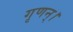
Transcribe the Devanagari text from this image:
गृणन्।